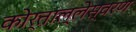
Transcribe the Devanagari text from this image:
कोर्ताल्लेस्वरण